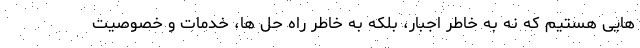
هایی هستیم که نه به خاطر اجبار، بلکه به خاطر راه حل ها، خدمات و خصوصیت